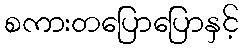
စကားတပြောပြောနှင့်